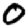
Digit: 0